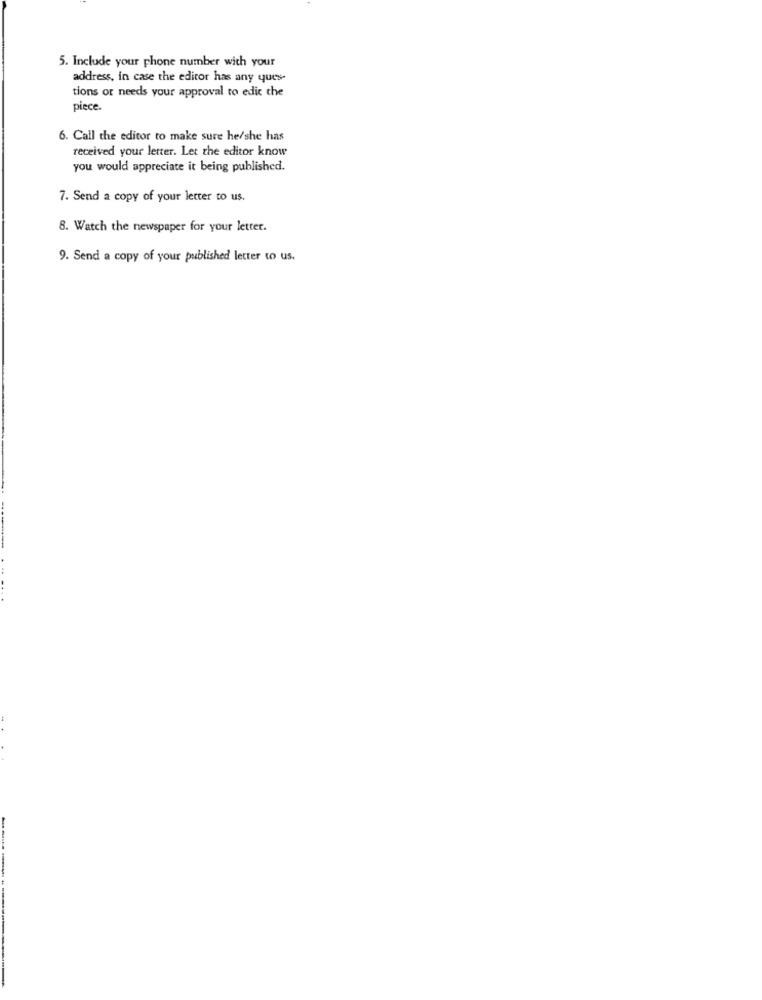
5. Include your phone number with your
address, in case the editor has any ques-
tions or needs your approval to edic che
piece.
6. Call the editor to make sure he/she has
received your letter. Let the editor know
you would appreciate it being published.
7. Send a copy of your letter to us.
8. Watch the newspaper for your letter.
9. Send a copy of your published letter to us.
-----